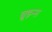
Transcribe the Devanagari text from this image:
ब्रूइन्स